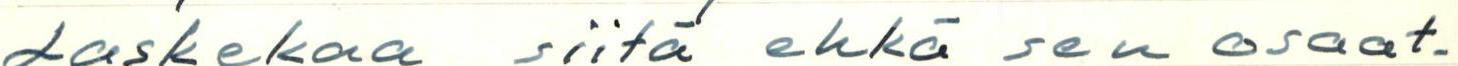
Laskekaa siitä ehkä sen osaat-